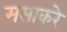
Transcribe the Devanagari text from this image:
मसाकरे